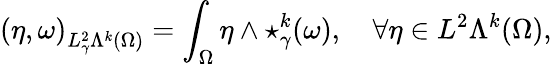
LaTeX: \left(\eta,\omega\right)_{L_{\gamma}^{2}\Lambda^{k}(\Omega)}=\int_{\Omega}\eta\wedge\star_{\gamma}^{k}(\omega),\quad\forall\eta\in L^{2}\Lambda^{k}(\Omega),